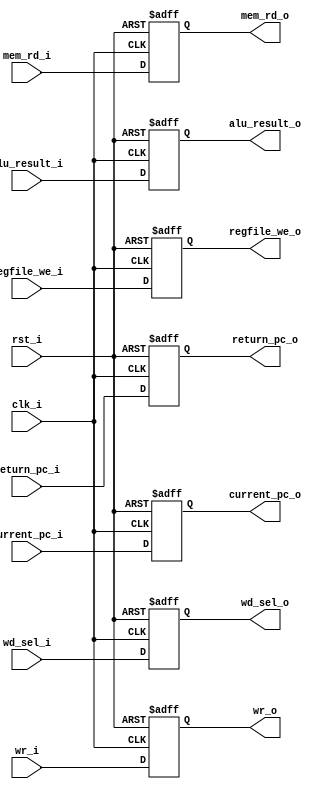
`timescale 1ns / 1ps
//////////////////////////////////////////////////////////////////////////////////
// Company: 
// Engineer: 
// 
// Design Name: 
// Module Name: reg_mem_wb
// Project Name: 
// Target Devices: 
// Tool Versions: 
// Description: 
// 
// Dependencies: 
// 
// Revision:
// Revision 0.01 - File Created
// Additional Comments:
// 
//////////////////////////////////////////////////////////////////////////////////
module reg_mem_wb(
    input             clk_i,
    input             rst_i,
    input      [31:0] return_pc_i,
    input      [31:0] alu_result_i,
    input      [31:0] mem_rd_i,
    input      [4:0]  wr_i,
    input      [1:0]  wd_sel_i,
    input             regfile_we_i,
    input      [31:0] current_pc_i,
    output reg [31:0] current_pc_o,
    output reg [31:0] return_pc_o,
    output reg [31:0] alu_result_o,
    output reg [31:0] mem_rd_o,
    output reg [4:0]  wr_o,
    output reg [1:0]  wd_sel_o,
    output reg        regfile_we_o
    );
    always @(posedge clk_i or posedge rst_i) begin
        if(rst_i)
            return_pc_o <= 32'h0;
        else
            return_pc_o <= return_pc_i;
    end
    always @(posedge clk_i or posedge rst_i) begin
        if(rst_i)
            alu_result_o <= 32'h0;
        else
            alu_result_o <= alu_result_i;
    end
    always @(posedge clk_i or posedge rst_i) begin
        if(rst_i)
            mem_rd_o <= 32'h0;
        else
            mem_rd_o <= mem_rd_i;
    end
    always @(posedge clk_i or posedge rst_i) begin
        if(rst_i)
            wr_o <= 5'h0;
        else
            wr_o <= wr_i;
    end
    always @(posedge clk_i or posedge rst_i) begin
        if(rst_i)
            wd_sel_o <= 2'h0;
        else
            wd_sel_o <= wd_sel_i;
    end
    always @(posedge clk_i or posedge rst_i) begin
        if(rst_i)
            regfile_we_o <= 1'b0;
        else
            regfile_we_o <= regfile_we_i;
    end
    always @(posedge clk_i or posedge rst_i) begin
        if(rst_i)
            current_pc_o <= 32'h0;
        else
            current_pc_o <= current_pc_i;
    end 
endmodule